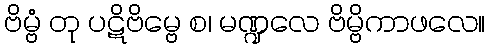
ဗိမ္ဗံ တု ပဋိဗိမ္ဗေ စ၊ မဏ္ဍလေ ဗိမ္ဗိကာဖလေ။